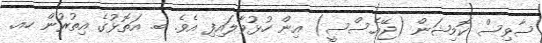
ސާވިސް ކޮމިޝަން (ޖޭއެސްސީ) އިން ހުޅުވާލައިފި އެވެ. ބ. އަތޮޅުގެ އިތުރުން ހއ.